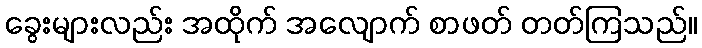
ခွေးများလည်း အထိုက် အလျောက် စာဖတ် တတ်ကြသည်။